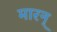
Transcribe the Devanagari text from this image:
मारन्